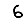
Digit: 6